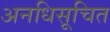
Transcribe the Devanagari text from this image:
अनधिसूचित